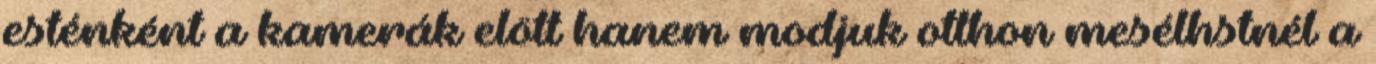
esténként a kamerák elött hanem modjuk otthon mesélhstnél a